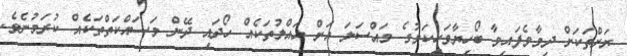
ރަށްތަކަށް ދިމާވެފައިވާ ބޯހިޔާވަހިކަމުގެ މައްސަލަ އަށް ހައްލުތަކެއް ހޯދައި ދޭން މަސައްކަތްތަކެއް ކުރަމުނެވެ.